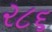
૨૮૬